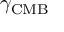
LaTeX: \gamma _ { \mathrm { { C M B } } }